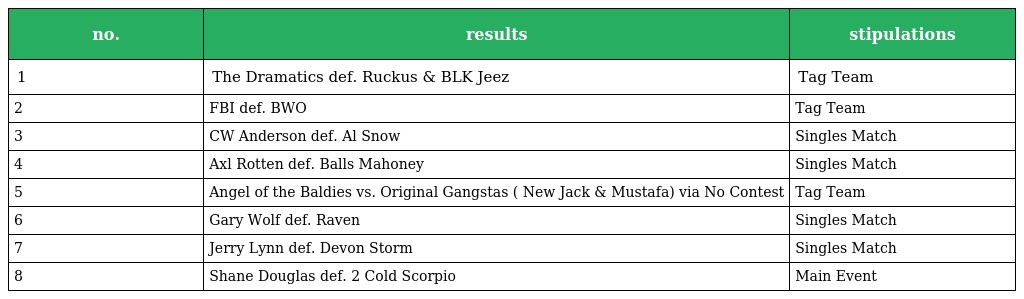
| no. | results | stipulations |
 | --- | --- | --- |
 | 1 | The Dramatics def. Ruckus & BLK Jeez | Tag Team |
 | 2 | FBI def. BWO | Tag Team |
 | 3 | CW Anderson def. Al Snow | Singles Match |
 | 4 | Axl Rotten def. Balls Mahoney | Singles Match |
 | 5 | Angel of the Baldies vs. Original Gangstas ( New Jack & Mustafa) via No Contest | Tag Team |
 | 6 | Gary Wolf def. Raven | Singles Match |
 | 7 | Jerry Lynn def. Devon Storm | Singles Match |
 | 8 | Shane Douglas def. 2 Cold Scorpio | Main Event |